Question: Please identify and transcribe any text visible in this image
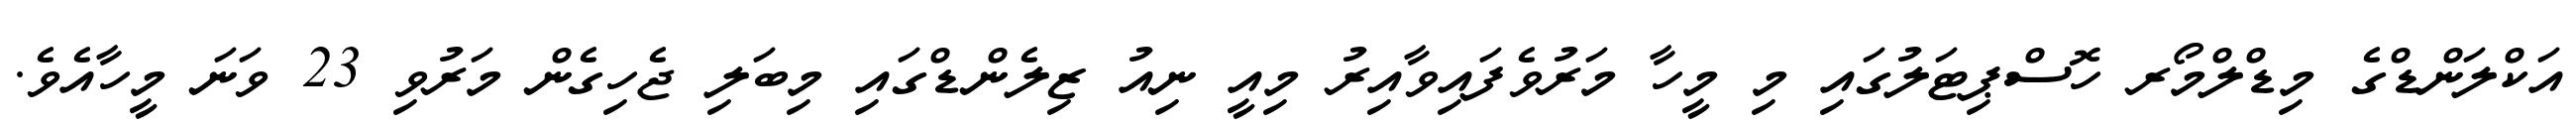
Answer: އަކްލަންޑްގެ މިޑްލްމޯރ ހޮސްޕިޓަލުގައި މި މީހާ މަރުވެފައިވާއިރު މިއީ ނިއު ޒިލެންޑްގައި މިބަލި ޖެހިގެން މަރުވި 23 ވަނަ މީހާއެވެ.